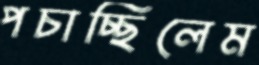
পচাচ্ছিলেম